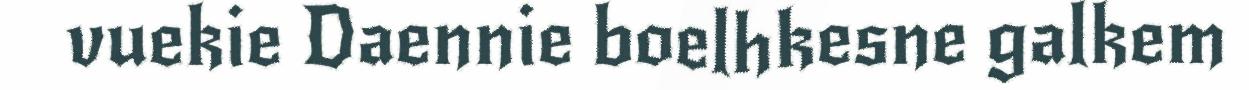
vuekie Daennie boelhkesne galkem